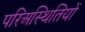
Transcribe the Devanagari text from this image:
परिअस्थितियों